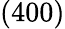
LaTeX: (400)